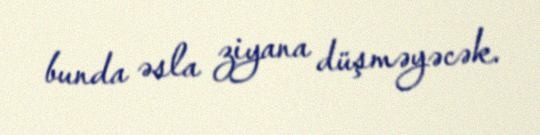
bunda əsla ziyana düşməyəcək.